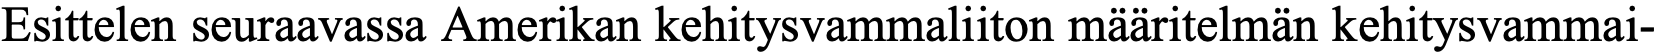
Esittelen seuraavassa Amerikan kehitysvammaliiton määritelmän kehitysvammai-